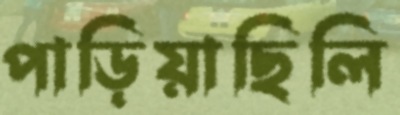
পাড়িয়াছিলি